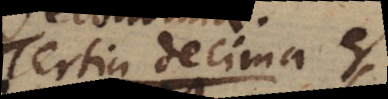
Tertia decima et